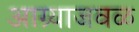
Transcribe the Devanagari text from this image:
आग्र्याजवळ